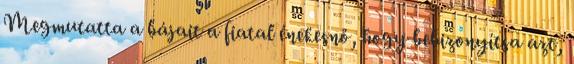
Megmutatta a bájait a fiatal énekesnő, hogy bebizonyítsa azt,